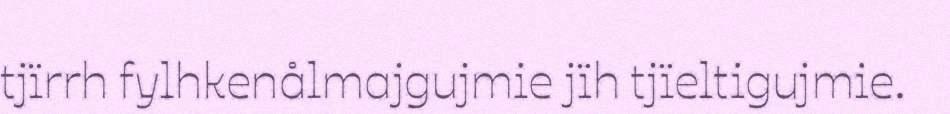
tjïrrh fylhkenålmajgujmie jïh tjïeltigujmie.